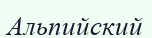
Альпийский